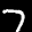
Label: 7